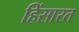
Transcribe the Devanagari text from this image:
हिंसारत